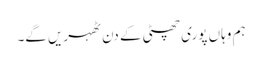
ہم وہاں پوری چھٹی کے دن ٹھہریں گے۔